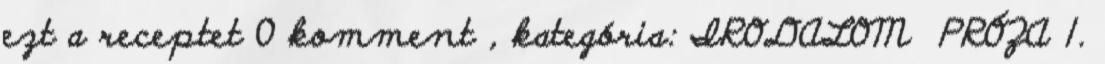
ezt a receptet 0 komment , kategória: IRODALOM PRÓZA 1.